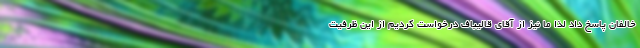
خالفان پاسخ داد لذا ما نیز از آقای قالیباف درخواست کردیم از این ظرفیت